Report of the Imperial Institute of Veterinary Research, Muktesar
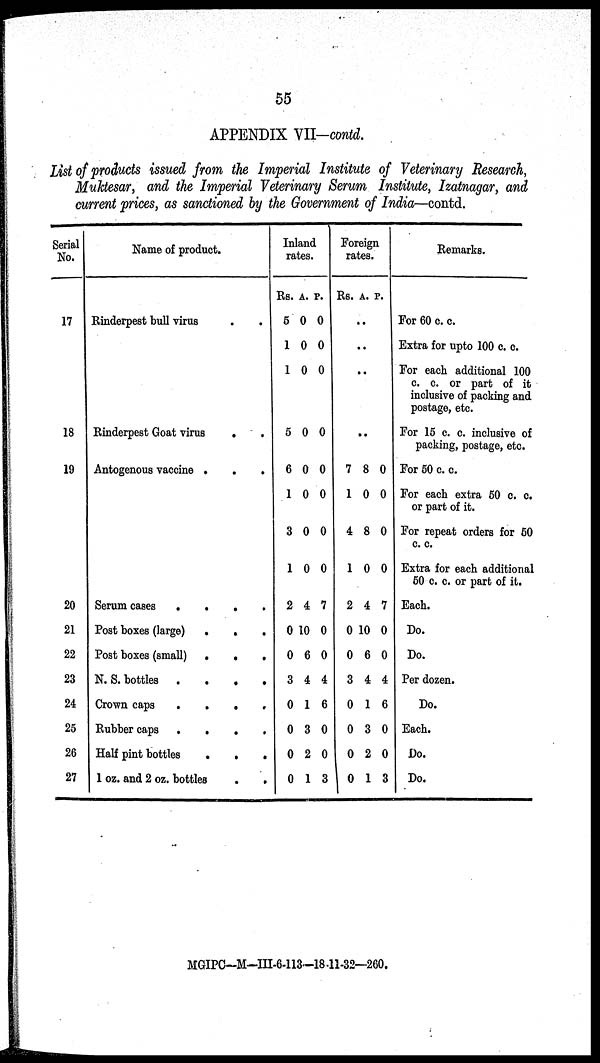
55
APPENDIX VII-contd.
List of products issued from the Imperial Institute of Veterinary Research,
Muktesar, and the Imperial Veterinary Serum Institute, Izatnagar, and
current prices, as sanctioned by the Government of India—contd.
Serial
No.
17
18
19
20
21
22
23
24
25
26
27
Name of product.
Rinderpest bull virus
.
Rinderpest Goat virus
.
Autogenous vaccine . ,
.
Serum cases
....
Post boxes (large)
.
.
.
Post boxes (small)
.
.
.
N. S. bottles
....
Crown caps
.
.
.
.
Rubber caps
....
Half pint bottles
.
.
.
1 oz. and 2 oz. bottles
.
.
Inland
rates.
Rs.
5
1
1
5
6
1
3
1
2
0
0
3
0
0
0
0
A.
0
0
0
0
0
0
0
0
4
10
6
4
1
3
2
1
P.
0
0
0
0
0
0
0
0
7
0
0
4
6
0
0
3
Foreign
rates.
Rs.
.
..
7
1
4
1
2
0
0
3
0
0
0
0
A.
.
..
..
8
0
8
0
4
10
6
4
1
3
2
1
P.
0
0
0
0
7
0
0
4
6
0
0
3
Remarks.
For 60 c. c.
Extra for upto 100 c. c.
For each additional 100
c. c. or part of it
inclusive of packing and
postage, etc.
For 15 c. c. inclusive of
packing, postage, etc.
For 50 c. c.
For each extra 50 c. c.
or part of it.
For repeat orders for 50
c. c.
Extra for each additional
60 c. c. or part of it.
Each.
Do.
Do.
Per dozen.
Do.
Each.
Do.
Do.
MGIPC—M—III-6-113-18-11-32—260.